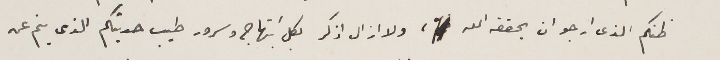
ظنكم الذى ارجو ان يحققه الله، ولا ازال اذكر بكل ابتهاج وسرور طيب حديثكم الذى ينم عنه